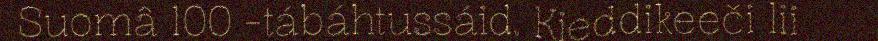
Suomâ 100 -tábáhtussáid. Kieddikeeči lii